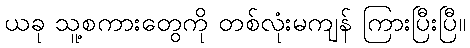
ယခု သူ့စကားတွေကို တစ်လုံးမကျန် ကြားပြီးပြီ။